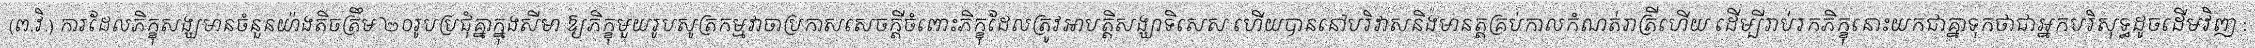
(ព.វិ.) ការដែលភិក្ខុសង្ឃមានចំនួនយ៉ាងតិចត្រឹម ២០រូបប្រជុំគ្នាក្នុងសីមា ឱ្យភិក្ខុមួយរូបសូត្រកម្មវាចាប្រកាសសេចក្តីចំពោះភិក្ខុដែលត្រូវអាបត្តិសង្ឃាទិសេស ហើយបាននៅបរិវាសនិងមានត្តគ្រប់កាលកំណត់រាត្រីហើយ ដើម្បីរាប់រកភិក្ខុនោះយកជាគ្នាទុកថាជាអ្នកបរិសុទ្ធដូចដើមវិញ :